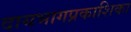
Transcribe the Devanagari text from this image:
दायभागप्रकाशिका